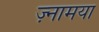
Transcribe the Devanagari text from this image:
ज़्नामया